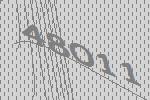
48011